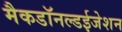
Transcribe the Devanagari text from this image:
मैकडॉनल्डईजेशन